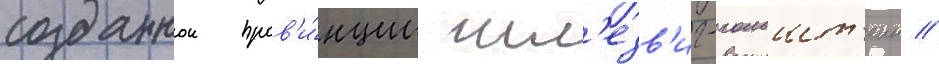
созданнои пров'и́нции шл'езв'иг-гольшт'еин //